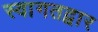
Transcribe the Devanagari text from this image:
स्वागतद्वार